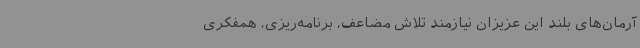
آرمان‌های بلند این عزیزان نیازمند تلاش مضاعف، برنامه‌ریزی، همفکری